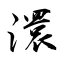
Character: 澴